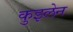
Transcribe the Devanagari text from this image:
कुइलेन